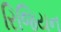
રિજિયન